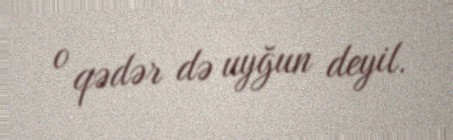
o qədər də uyğun deyil.